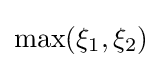
\mathrm {max} (\xi _{1},\xi _{2})